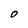
Character: O